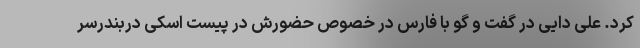
کرد. علی دایی در گفت و گو با فارس در خصوص حضورش در پیست اسکی دربندرسر